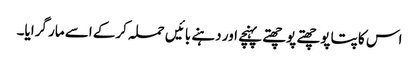
اس کا پتا پوچھتے پوچھتے پہنچے اور دہنے بائیں حملہ کرکے اسے مار گرایا۔